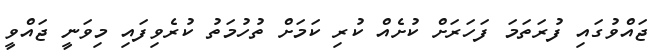
ޖައްވުގައި ފުރަތަމަ ފަހަރަށް ކުށެއް ކުރި ކަމަށް ތުހުމަތު ކުރެވިފައި މިވަނީ ޖައްވީ